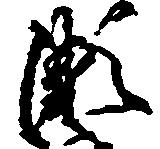
瀬